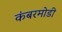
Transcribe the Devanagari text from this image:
कंबरमोडी